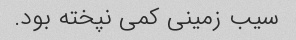
سیب زمینی کمی نپخته بود.